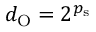
d _ { \mathrm { O } } = 2 ^ { p _ { \mathrm { s } } }